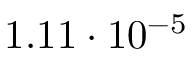
1 . 1 1 \cdot 1 0 ^ { - 5 }